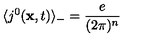
\langle j ^ { 0 } ( { \bf x } , t ) \rangle _ { - } = \frac { e } { ( 2 \pi ) ^ { n } }